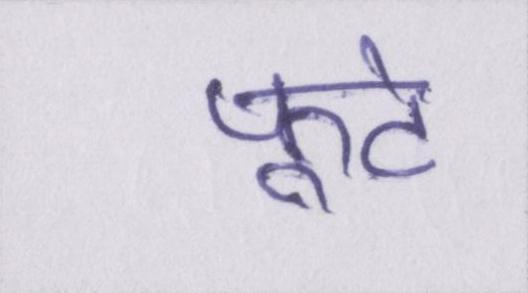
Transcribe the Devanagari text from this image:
फूटे